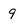
Character: 9